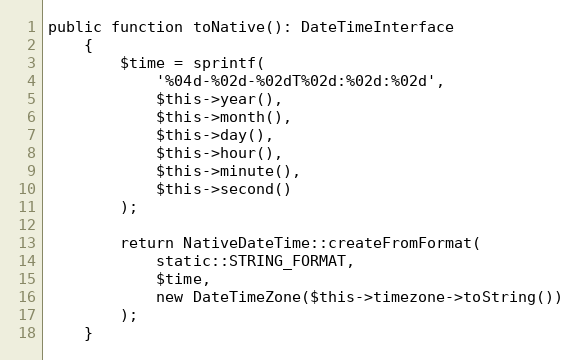
Language: PHP
public function toNative(): DateTimeInterface
    {
        $time = sprintf(
            '%04d-%02d-%02dT%02d:%02d:%02d',
            $this->year(),
            $this->month(),
            $this->day(),
            $this->hour(),
            $this->minute(),
            $this->second()
        );

        return NativeDateTime::createFromFormat(
            static::STRING_FORMAT,
            $time,
            new DateTimeZone($this->timezone->toString())
        );
    }